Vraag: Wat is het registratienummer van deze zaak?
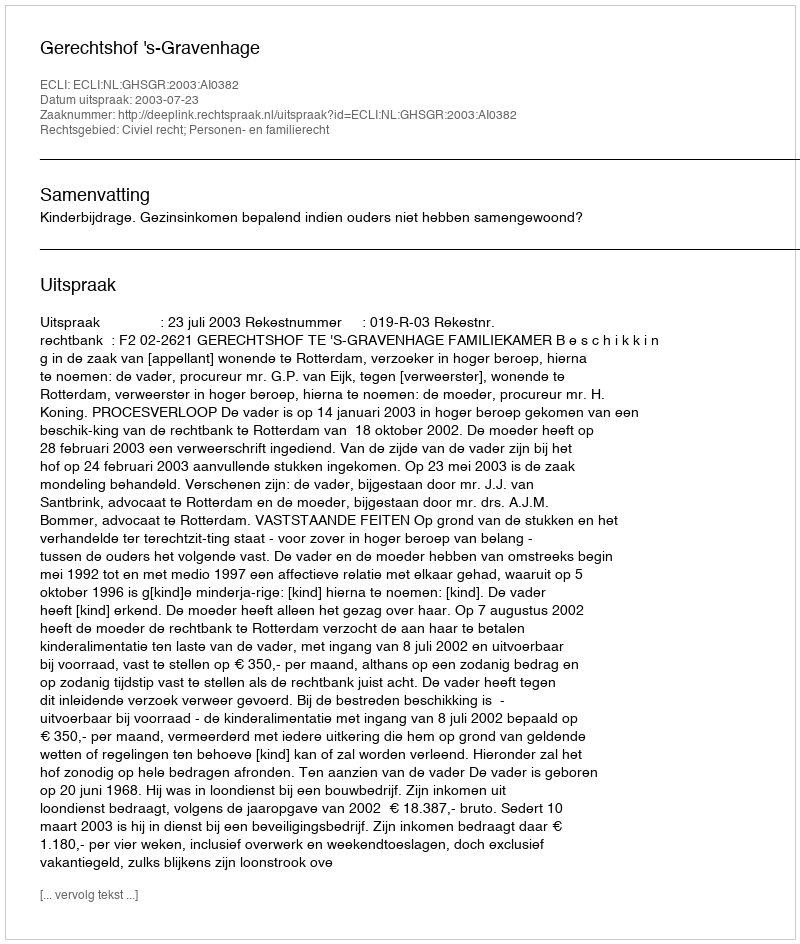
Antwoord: http://deeplink.rechtspraak.nl/uitspraak?id=ECLI:NL:GHSGR:2003:AI0382